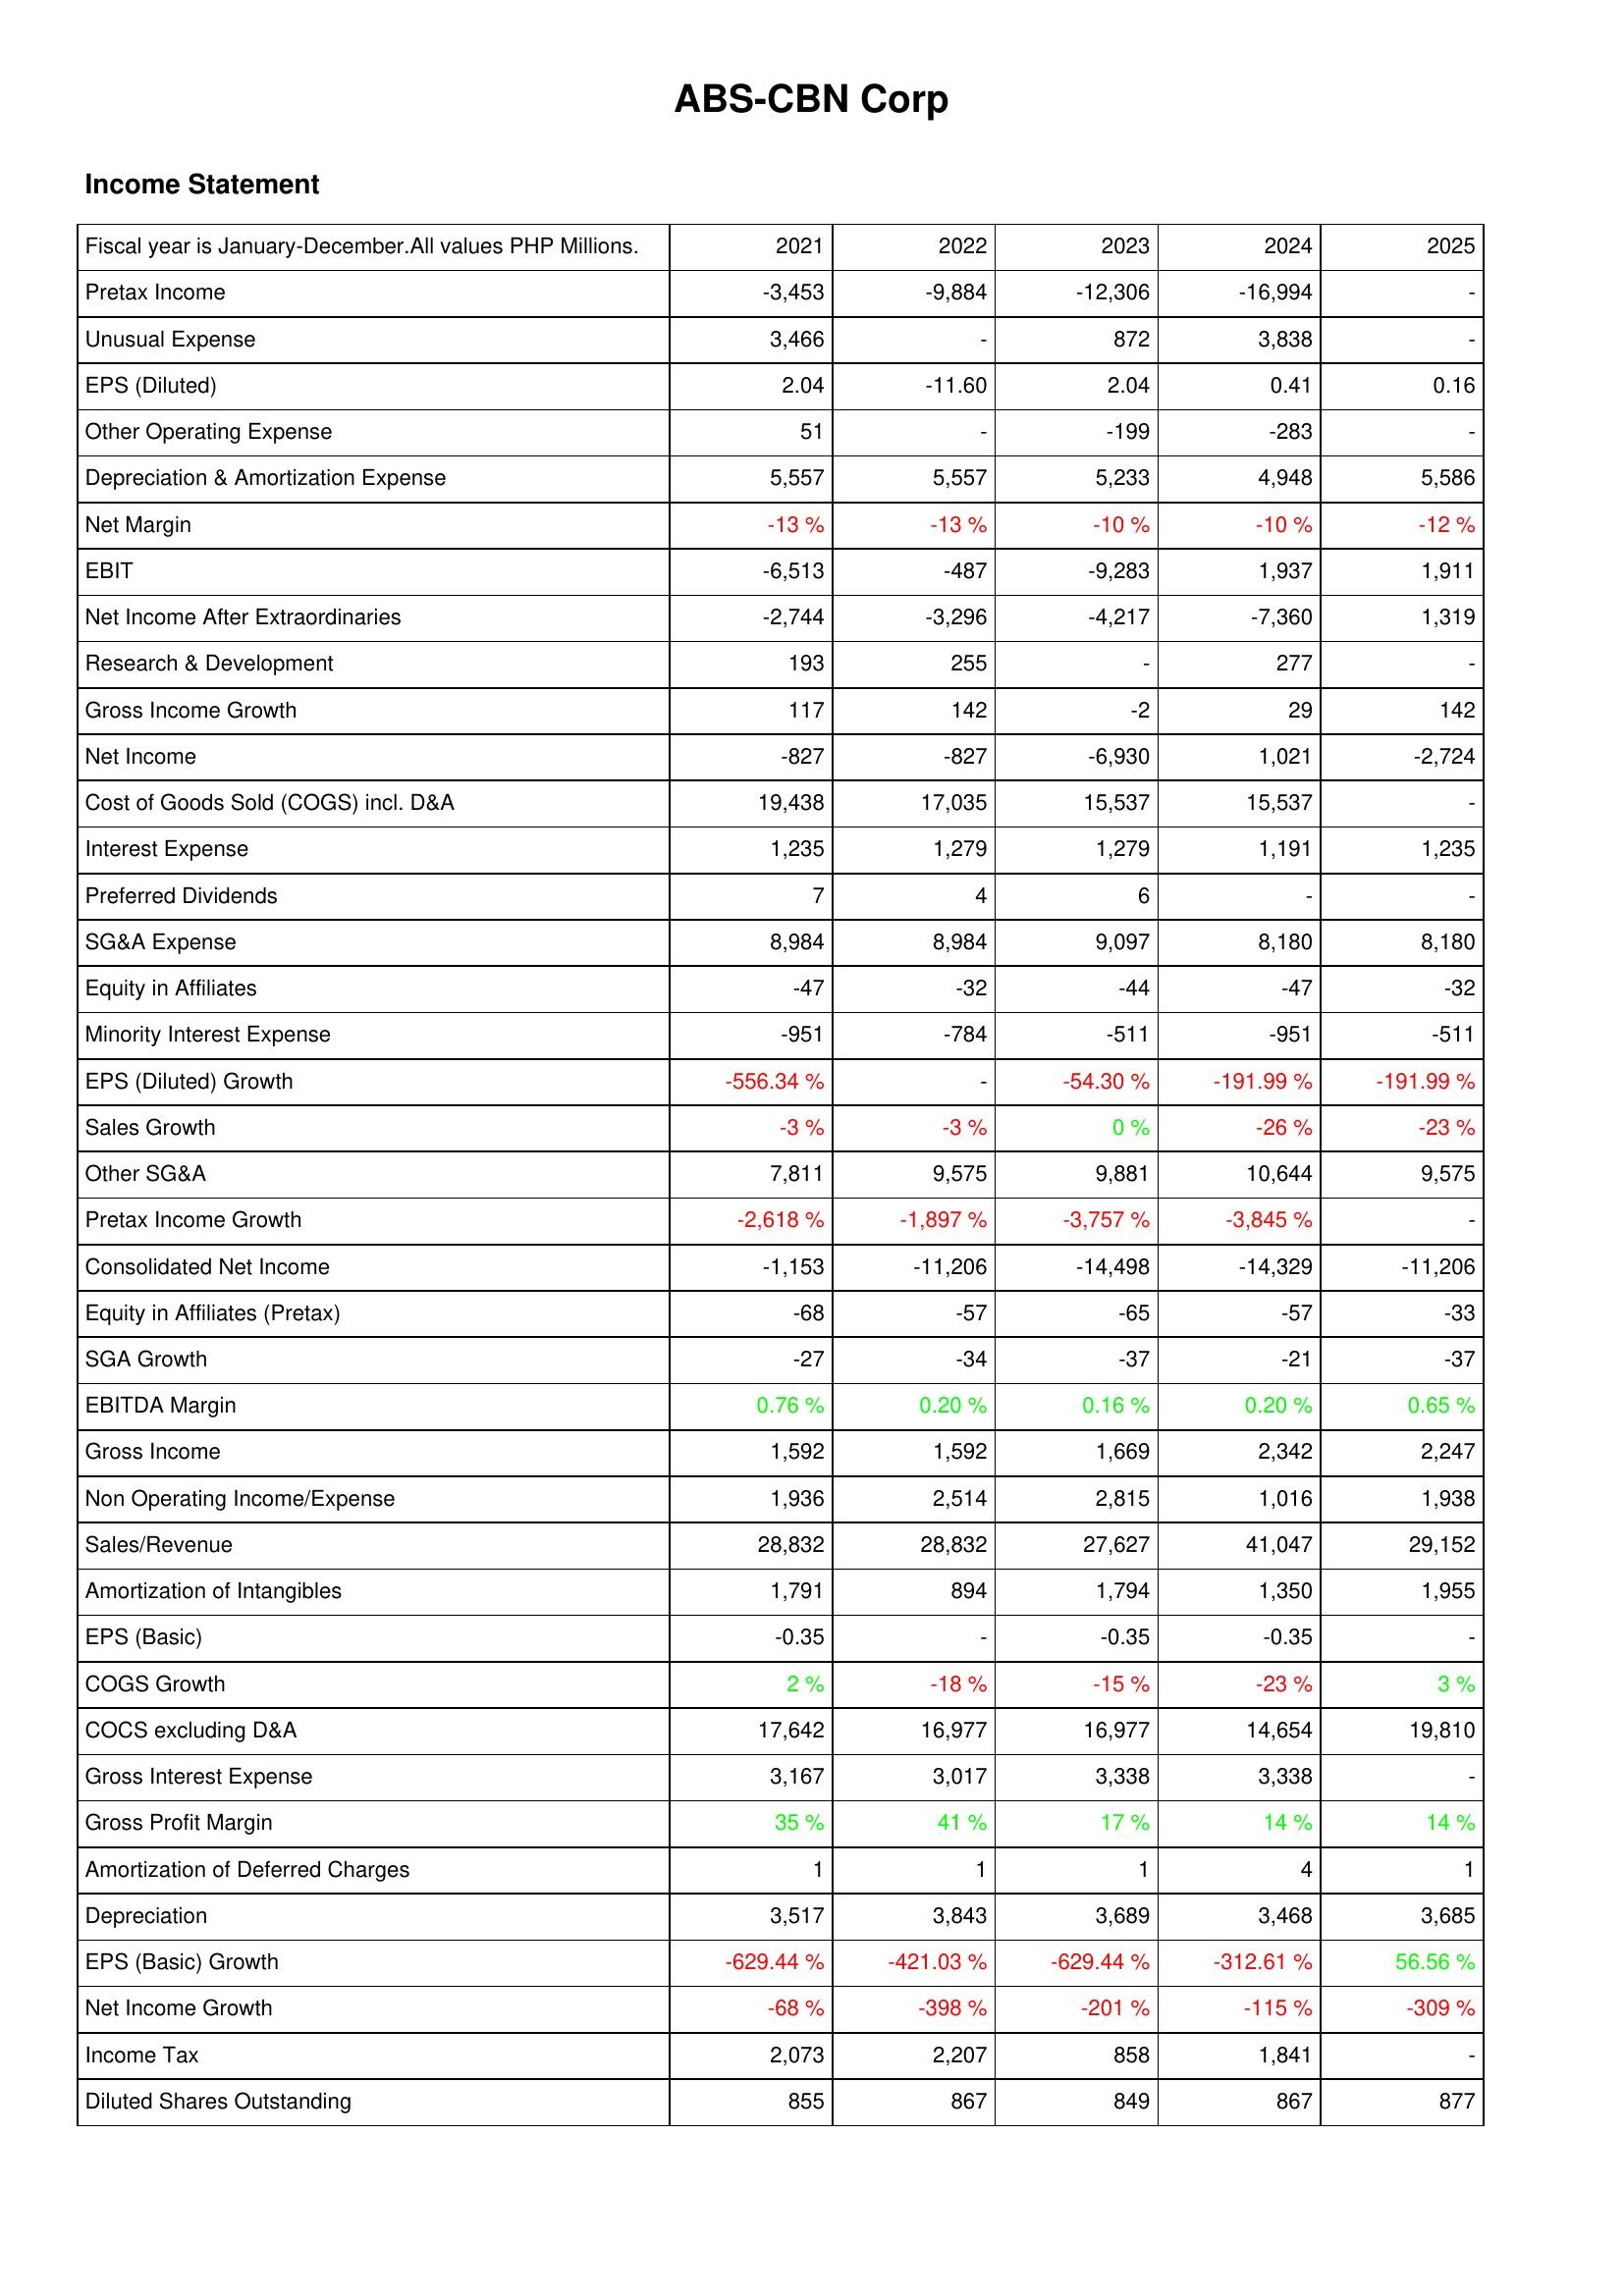
2021: Income Statement: Pretax Income: -3,453
Unusual Expense: 3,466
EPS (Diluted): 2.04
Other Operating Expense: 51
Depreciation & Amortization Expense: 5,557
Net Margin: -13 %
EBIT: -6,513
Net Income After Extraordinaries: -2,744
Research & Development: 193
Gross Income Growth: 117
Net Income: -827
Cost of Goods Sold (COGS) incl. D&A: 19,438
Interest Expense: 1,235
Preferred Dividends: 7
SG&A Expense: 8,984
Equity in Affiliates: -47
Minority Interest Expense: -951
EPS (Diluted) Growth: -556.34 %
Sales Growth: -3 %
Other SG&A: 7,811
Pretax Income Growth: -2,618 %
Consolidated Net Income: -1,153
Equity in Affiliates (Pretax): -68
SGA Growth: -27
EBITDA Margin: 0.76 %
Gross Income: 1,592
Non Operating Income/Expense: 1,936
Sales/Revenue: 28,832
Amortization of Intangibles: 1,791
EPS (Basic): -0.35
COGS Growth: 2 %
COCS excluding D&A: 17,642
Gross Interest Expense: 3,167
Gross Profit Margin: 35 %
Amortization of Deferred Charges: 1
Depreciation: 3,517
EPS (Basic) Growth: -629.44 %
Net Income Growth: -68 %
Income Tax: 2,073
Diluted Shares Outstanding: 855
2022: Income Statement: Pretax Income: -9,884
Unusual Expense: -
EPS (Diluted): -11.60
Other Operating Expense: -
Depreciation & Amortization Expense: 5,557
Net Margin: -13 %
EBIT: -487
Net Income After Extraordinaries: -3,296
Research & Development: 255
Gross Income Growth: 142
Net Income: -827
Cost of Goods Sold (COGS) incl. D&A: 17,035
Interest Expense: 1,279
Preferred Dividends: 4
SG&A Expense: 8,984
Equity in Affiliates: -32
Minority Interest Expense: -784
EPS (Diluted) Growth: -
Sales Growth: -3 %
Other SG&A: 9,575
Pretax Income Growth: -1,897 %
Consolidated Net Income: -11,206
Equity in Affiliates (Pretax): -57
SGA Growth: -34
EBITDA Margin: 0.20 %
Gross Income: 1,592
Non Operating Income/Expense: 2,514
Sales/Revenue: 28,832
Amortization of Intangibles: 894
EPS (Basic): -
COGS Growth: -18 %
COCS excluding D&A: 16,977
Gross Interest Expense: 3,017
Gross Profit Margin: 41 %
Amortization of Deferred Charges: 1
Depreciation: 3,843
EPS (Basic) Growth: -421.03 %
Net Income Growth: -398 %
Income Tax: 2,207
Diluted Shares Outstanding: 867
2023: Income Statement: Pretax Income: -12,306
Unusual Expense: 872
EPS (Diluted): 2.04
Other Operating Expense: -199
Depreciation & Amortization Expense: 5,233
Net Margin: -10 %
EBIT: -9,283
Net Income After Extraordinaries: -4,217
Research & Development: -
Gross Income Growth: -2
Net Income: -6,930
Cost of Goods Sold (COGS) incl. D&A: 15,537
Interest Expense: 1,279
Preferred Dividends: 6
SG&A Expense: 9,097
Equity in Affiliates: -44
Minority Interest Expense: -511
EPS (Diluted) Growth: -54.30 %
Sales Growth: 0 %
Other SG&A: 9,881
Pretax Income Growth: -3,757 %
Consolidated Net Income: -14,498
Equity in Affiliates (Pretax): -65
SGA Growth: -37
EBITDA Margin: 0.16 %
Gross Income: 1,669
Non Operating Income/Expense: 2,815
Sales/Revenue: 27,627
Amortization of Intangibles: 1,794
EPS (Basic): -0.35
COGS Growth: -15 %
COCS excluding D&A: 16,977
Gross Interest Expense: 3,338
Gross Profit Margin: 17 %
Amortization of Deferred Charges: 1
Depreciation: 3,689
EPS (Basic) Growth: -629.44 %
Net Income Growth: -201 %
Income Tax: 858
Diluted Shares Outstanding: 849
2024: Income Statement: Pretax Income: -16,994
Unusual Expense: 3,838
EPS (Diluted): 0.41
Other Operating Expense: -283
Depreciation & Amortization Expense: 4,948
Net Margin: -10 %
EBIT: 1,937
Net Income After Extraordinaries: -7,360
Research & Development: 277
Gross Income Growth: 29
Net Income: 1,021
Cost of Goods Sold (COGS) incl. D&A: 15,537
Interest Expense: 1,191
Preferred Dividends: -
SG&A Expense: 8,180
Equity in Affiliates: -47
Minority Interest Expense: -951
EPS (Diluted) Growth: -191.99 %
Sales Growth: -26 %
Other SG&A: 10,644
Pretax Income Growth: -3,845 %
Consolidated Net Income: -14,329
Equity in Affiliates (Pretax): -57
SGA Growth: -21
EBITDA Margin: 0.20 %
Gross Income: 2,342
Non Operating Income/Expense: 1,016
Sales/Revenue: 41,047
Amortization of Intangibles: 1,350
EPS (Basic): -0.35
COGS Growth: -23 %
COCS excluding D&A: 14,654
Gross Interest Expense: 3,338
Gross Profit Margin: 14 %
Amortization of Deferred Charges: 4
Depreciation: 3,468
EPS (Basic) Growth: -312.61 %
Net Income Growth: -115 %
Income Tax: 1,841
Diluted Shares Outstanding: 867
2025: Income Statement: Pretax Income: -
Unusual Expense: -
EPS (Diluted): 0.16
Other Operating Expense: -
Depreciation & Amortization Expense: 5,586
Net Margin: -12 %
EBIT: 1,911
Net Income After Extraordinaries: 1,319
Research & Development: -
Gross Income Growth: 142
Net Income: -2,724
Cost of Goods Sold (COGS) incl. D&A: -
Interest Expense: 1,235
Preferred Dividends: -
SG&A Expense: 8,180
Equity in Affiliates: -32
Minority Interest Expense: -511
EPS (Diluted) Growth: -191.99 %
Sales Growth: -23 %
Other SG&A: 9,575
Pretax Income Growth: -
Consolidated Net Income: -11,206
Equity in Affiliates (Pretax): -33
SGA Growth: -37
EBITDA Margin: 0.65 %
Gross Income: 2,247
Non Operating Income/Expense: 1,938
Sales/Revenue: 29,152
Amortization of Intangibles: 1,955
EPS (Basic): -
COGS Growth: 3 %
COCS excluding D&A: 19,810
Gross Interest Expense: -
Gross Profit Margin: 14 %
Amortization of Deferred Charges: 1
Depreciation: 3,685
EPS (Basic) Growth: 56.56 %
Net Income Growth: -309 %
Income Tax: -
Diluted Shares Outstanding: 877